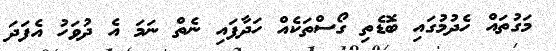
މަގުތައް ހެދުމުގައި ބޮޑެތި ގޯސްތަކެއް ހަދާފައި ނެތް ނަމަ އެ ދުވަހު އެފަދަ